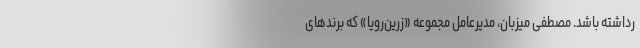
رداشته باشد. مصطفی میزبان، مدیرعامل مجموعه «زرین‌رویا» که برندهای